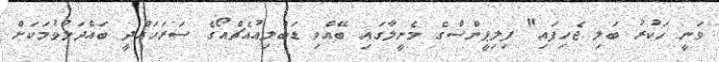
ވަނީ ހަކުރު ބަލި ޖެހިފައި" ފިލިޕީންސްގެ މެނީލާގައި ބޭއްވި ޑަބްލިއުއެޗްއޯގެ ސަރަހައްދީ ބައްދަލުވުމަކަށް